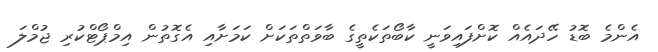
އެންމެ ބޮޑު ހޭދައެއް ކޮށްފައިވަނީ ކާބޯތަކެތީގެ ބާވަތްތަކަށް ކަމަށާއި އެގޮތުން އިމްޕޯޓްކުރި ޖުމްލަ